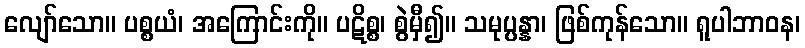
လျော်သော။ ပစ္စယံ၊ အကြောင်းကို။ ပဋိစ္စ၊ စွဲမှီ၍။ သမုပ္ပန္နာ၊ ဖြစ်ကုန်သော။ ရူပါဘာဝန၊